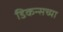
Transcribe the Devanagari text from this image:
डिकन्सच्या